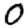
Digit: 0